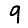
Digit: 9